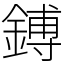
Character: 鎛